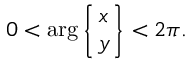
0 < \arg \left\{ { x \atop y } \right\} < 2 \pi .